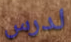
لدرس